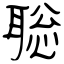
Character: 聡